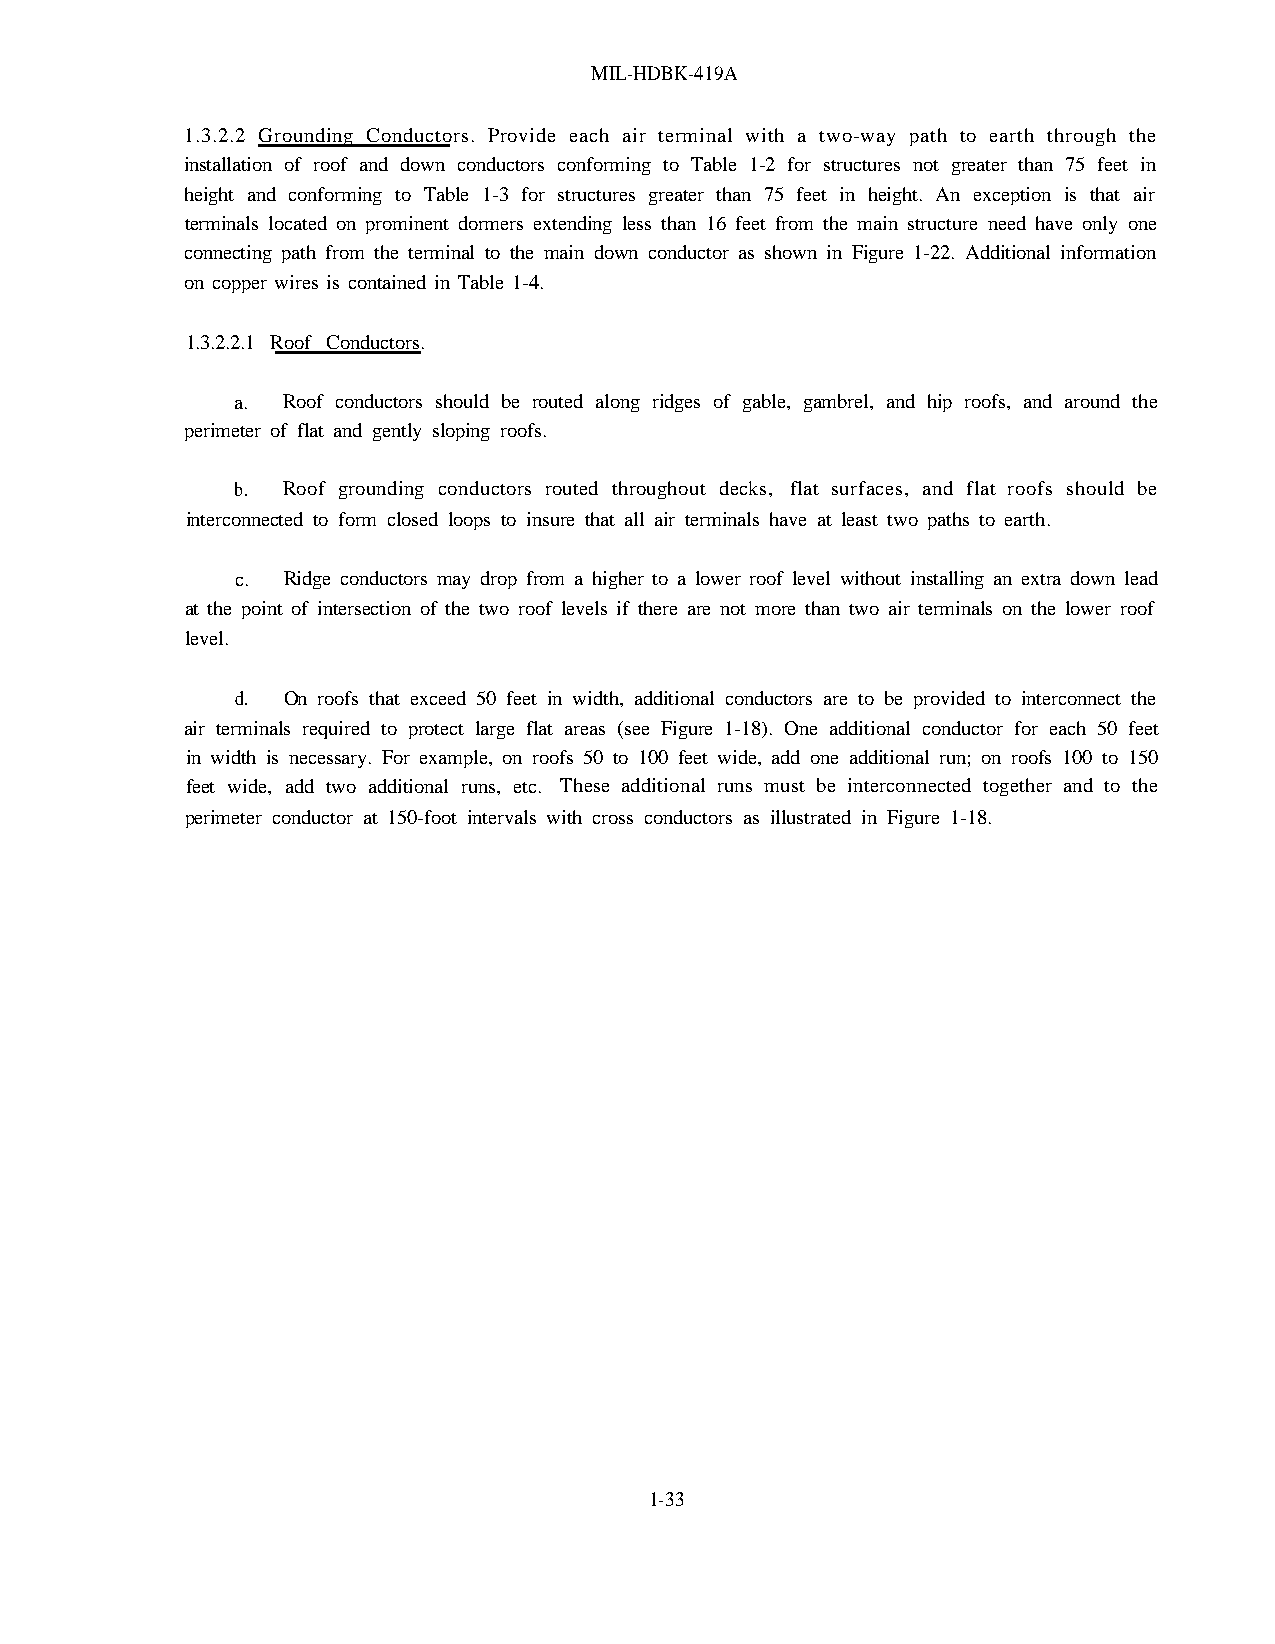
MIL-HDBK-419A
 1.3.2.2 Grounding Conductors. Provide each air terminal with a two-way path to earth through the
 installation of roof and down conductors conforming to Table 1-2 for structures not greater than 75 feet in
 height and conforming to Table 1-3 for structures greater than 75 feet in height. An exception is that air
 terminals located on prominent dormers extending less than 16 feet from the main structure need have only one
 connecting path from the terminal to the main down conductor as shown in Figure 1-22. Additional information
 on copper wires is contained in Table 1-4.
 1.3.2.2.1 Roof Conductors.
 a. Roof conductors should be routed along ridges of gable, gambrel, and hip roofs, and around the
 perimeter of flat and gently sloping roofs.
 b. Roof grounding conductors routed throughout decks, flat surfaces, and flat roofs should be
 interconnected to form closed loops to insure that all air terminals have at least two paths to earth.
 c. Ridge conductors may drop from a higher to a lower roof level without installing an extra down lead
 at the point of intersection of the two roof levels if there are not more than two air terminals on the lower roof
 level.
 d. On roofs that exceed 50 feet in width, additional conductors are to be provided to interconnect the
 air terminals required to protect large flat areas (see Figure 1-18). One additional conductor for each 50 feet
 in width is necessary. For example, on roofs 50 to 100 feet wide, add one additional run; on roofs 100 to 150
 feet wide, add two additional runs, etc. These additional runs must be interconnected together and to the
 perimeter conductor at 150-foot intervals with cross conductors as illustrated in Figure 1-18.
 1-33